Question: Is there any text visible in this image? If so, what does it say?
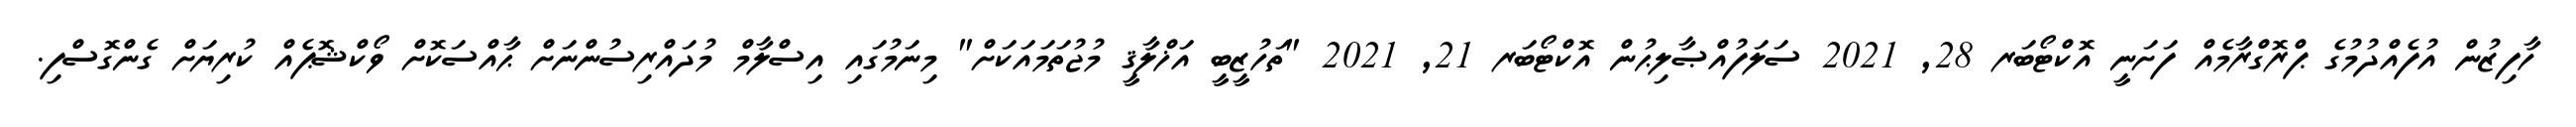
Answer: ހާފިޒުން އުފެއްދުމުގެ ޕްރޮގްރާމެއް ފަށަނީ އޮކްޓޯބަރ 28, 2021 ސަލަފުއްޞާލިޙުން އޮކްޓޯބަރ 21, 2021 "ތަހުޒީބީ އަޚްލާޤީ މުޖުތަމައަކަށް" މިނަމުގައި އިސްލާމް މުދައްރިސުންނަށް ޙާއްސަކޮށް ވޯކްޝޮޕެއް ކުރިޔަށް ގެންގޮސްފި.